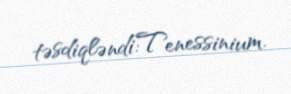
təsdiqləndi:Tenessinium.